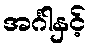
အင်္ဂါနှင့်